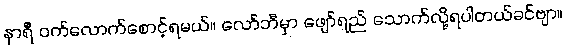
နာရီ ဝက်လောက်စောင့်ရမယ်။ လော်ဘီမှာ ဖျော်ရည် သောက်လို့ရပါတယ်ခင်ဗျာ။